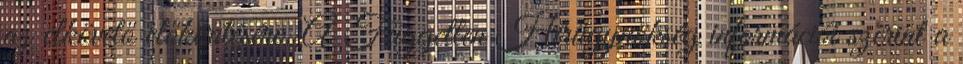
az elkövető előkerítésére. A Független Hírügynökség információi szerint a